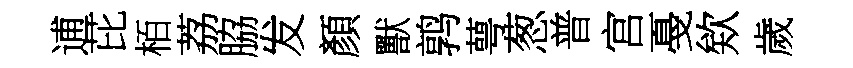
逋芘栢荔脇发顏獸鹑萼葱普宫戞欸歲